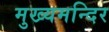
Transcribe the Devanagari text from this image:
मुख्यमन्दिर